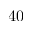
4 0